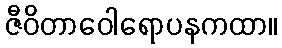
ဇီဝိတာဝေါရောပနကထာ။